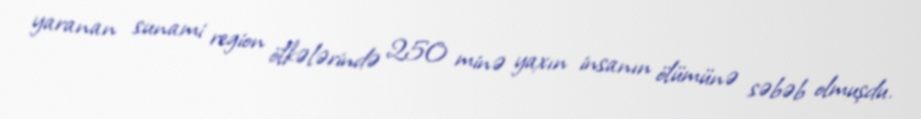
yaranan sunami region ölkələrində 250 minə yaxın insanın ölümünə səbəb olmuşdu.